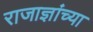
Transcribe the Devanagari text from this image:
राजाज्ञांच्या